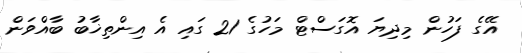
އޭގެ ފަހުން މިދިޔަ އޮގަސްޓް މަހުގެ 21 ގައި އެ އިންތިޚާބު ބާއްވަން